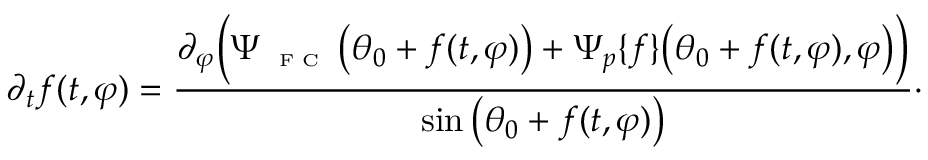
\partial _ { t } f ( t , \varphi ) = \frac { \partial _ { \varphi } \Big ( \Psi _ { \textnormal { \tiny { F C } } } \big ( \theta _ { 0 } + f ( t , \varphi ) \big ) + \Psi _ { p } \{ f \} \big ( \theta _ { 0 } + f ( t , \varphi ) , \varphi \big ) \Big ) } { \sin \big ( \theta _ { 0 } + f ( t , \varphi ) \big ) } \cdot